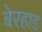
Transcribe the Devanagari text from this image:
बेरहाड